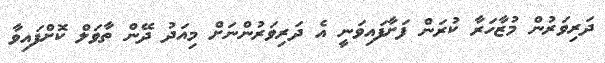
ދަރިވަރުން މުޒާހަރާ ކުރަން ފަށާފައިވަނީ އެ ދަރިވަރުންނަށް މިއަދު ދޭން ތާވަލް ކޮށްފައިވާ